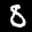
Label: 8